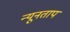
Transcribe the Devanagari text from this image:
न्यूनताप